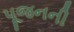
પૂજનની